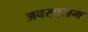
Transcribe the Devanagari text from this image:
अवसालम